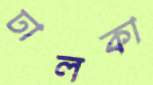
ঢালকা